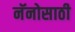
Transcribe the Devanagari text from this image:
नॅनोसाठी